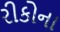
રીકોના